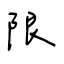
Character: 限